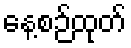
နေ့စဉ်ထုတ်